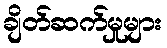
ချိတ်ဆက်မှုများ